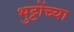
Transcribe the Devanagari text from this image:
भुट्टोंच्या